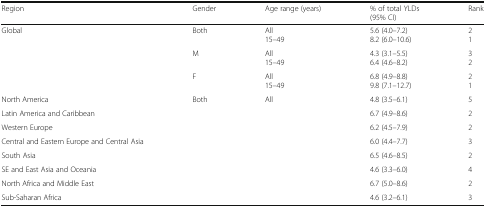
<table><thead><tr><td><b>Region</b></td><td><b>Gender</b></td><td><b>Age range (years)</b></td><td><b>% of total YLDs(95% CI)</b></td><td><b>Rank</b></td></tr></thead><tbody><tr><td rowspan="3">Global</td><td>Both</td><td>All15–49</td><td>5.6 (4.0–7.2)8.2 (6.0–10.6)</td><td>21</td></tr><tr><td>M</td><td>All15–49</td><td>4.3 (3.1–5.5)6.4 (4.6–8.2)</td><td>32</td></tr><tr><td>F</td><td>All15–49</td><td>6.8 (4.9–8.8)9.8 (7.1–12.7)</td><td>21</td></tr><tr><td>North America</td><td>Both</td><td>All</td><td>4.8 (3.5–6.1)</td><td>5</td></tr><tr><td>Latin America and Caribbean</td><td></td><td></td><td>6.7 (4.9–8.6)</td><td>2</td></tr><tr><td>Western Europe</td><td></td><td></td><td>6.2 (4.5–7.9)</td><td>2</td></tr><tr><td>Central and Eastern Europe and Central Asia</td><td></td><td></td><td>6.0 (4.4–7.7)</td><td>3</td></tr><tr><td>South Asia</td><td></td><td></td><td>6.5 (4.6–8.5)</td><td>2</td></tr><tr><td>SE and East Asia and Oceania</td><td></td><td></td><td>4.6 (3.3–6.0)</td><td>4</td></tr><tr><td>North Africa and Middle East</td><td></td><td></td><td>6.7 (5.0–8.6)</td><td>2</td></tr><tr><td>Sub-Saharan Africa</td><td></td><td></td><td>4.6 (3.2–6.1)</td><td>3</td></tr></tbody></table>